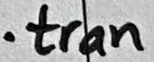
Text: .tran